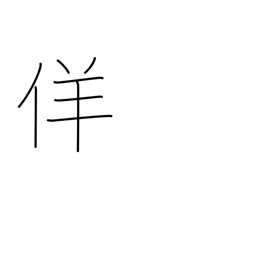
Meaning: false